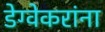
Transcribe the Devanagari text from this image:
डेग्वेकरांना